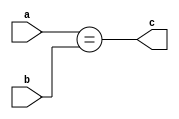
`timescale 1ps/1ps

module comparator_Nbit #(parameter WIDTH = 8)
	(   input wire [WIDTH-1:0] a,
	    input wire [WIDTH-1:0] b,
	    output wire c  
	);
	assign c = a == b;
	
//	reg [WIDTH-1:0] state;

//	always @(*)
//	 	begin
//	   		if (a==b)
//		    	c = 1;
//			else
//		    	c = 0;
//		end

endmodule